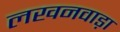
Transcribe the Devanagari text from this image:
लखनवाड़ा